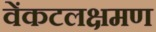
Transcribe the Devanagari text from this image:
वेंकटलक्षमण